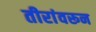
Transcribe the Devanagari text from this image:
तीरांवरून